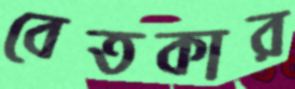
বেতকার